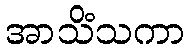
အာသိံသကာ